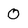
Character: 0